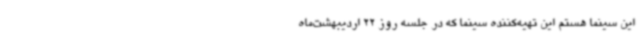
این سینما هستم این تهیه‌کننده سینما که در جلسه روز 22 اردیبهشت‌ماه